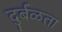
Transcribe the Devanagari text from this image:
दुर्बळता